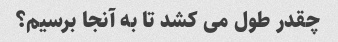
چقدر طول می کشد تا به آنجا برسیم؟